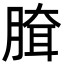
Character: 䐛